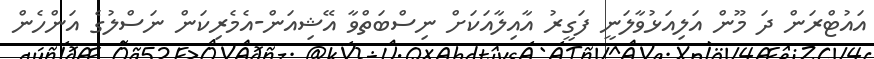
އައުޓްރަން ދަ މޫން އަލިއަޅުވާލަނީ ފަގީރު އާއިލާއަކަށް ނިސްބަތްވާ އޭޝިއަން-އެމެރިކަން ނަސްލުގެ އަންހެން